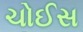
ચોઈસ